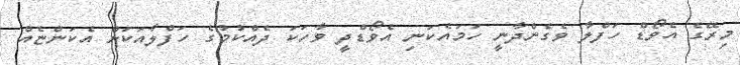
މިރޭގެ އެވޯޑް ހަފްލާ ވެގެންދާނީ ހަމައެކަނި އެވޯޑްދީ ވާހަކަ ދެއްކުމުގެ ހަފްލާއަކަށް އެކަންޏެއް